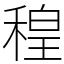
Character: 䅣